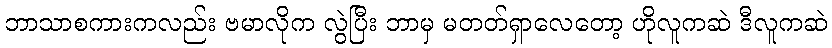
ဘာသာစကားကလည်း ဗမာလိုက လွဲပြီး ဘာမှ မတတ်ရှာလေတော့ ဟိုလူကဆဲ ဒီလူကဆဲ